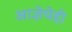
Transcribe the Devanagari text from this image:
आज्ञेचेही